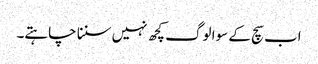
اب سچ کے سوا لوگ کچھ نہیں سننا چاہتے۔